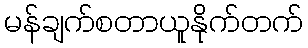
မန်ချက်စတာယူနိုက်တက်